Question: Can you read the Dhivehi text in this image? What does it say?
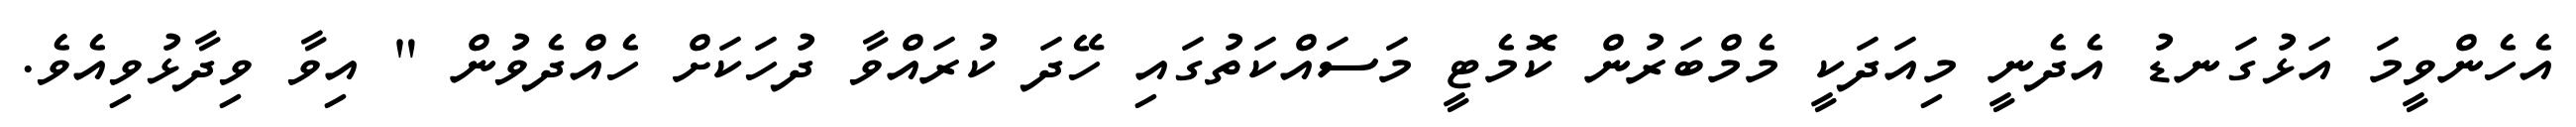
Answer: އެހެންވީމަ އަޅުގަނޑު އެދެނީ މިއަދަކީ މެމްބަރުން ކޮމެޓީ މަސައްކަތުގައި ހޭދަ ކުރައްވާ ދުހަކަށް ހެއްދެވުން " އިވާ ވިދާޅުވިއެވެ.